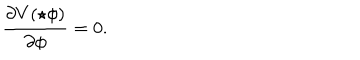
\frac { \partial V ( \star \phi ) } { \partial \phi } = 0 .